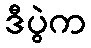
ဒီပွဲက